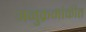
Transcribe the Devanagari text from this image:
अनुक्रमांकीत